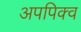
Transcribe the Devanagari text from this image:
अपपिक्व